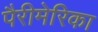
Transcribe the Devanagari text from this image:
पैरीमेरिका